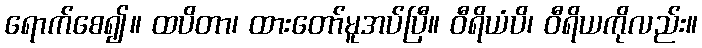
ရောက်စေ၍။ ထပိတာ၊ ထားတော်မူအပ်ပြီ။ ဝီရိယံပိ၊ ဝီရိယကိုလည်း။